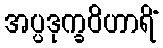
အပ္ပဒုက္ခဝိဟာရိံ